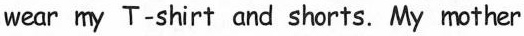
wear my T-shirt and shorts. My mother